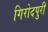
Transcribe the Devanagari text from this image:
गिरोदपुरी